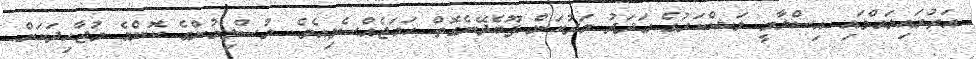
އަތުރައިލައްވައި އިސްލާމީ ލަޝްކަރުގެ ޢަދަދު މަދުކަން ފޫބެދޭނެގޮތް ހަމަޖެއްސެވިއެވެ. މުސްލިމުންގެ ކޮންމެ މުޖާހިދަކަށް